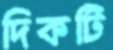
দিকটি